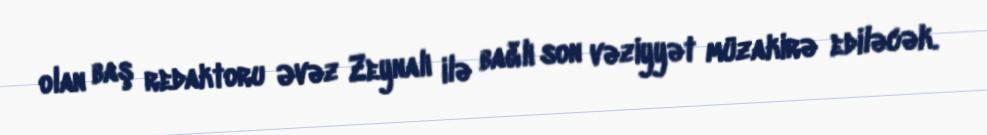
olan baş redaktoru Əvəz Zeynalı ilə bağlı son vəziyyət müzakirə ediləcək.